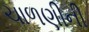
ચાળણીની